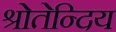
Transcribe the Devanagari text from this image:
श्रोतेन्दिय